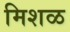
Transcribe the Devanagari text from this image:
मिशळ